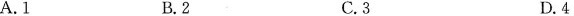
A.1 B.2 C.3 D.4